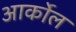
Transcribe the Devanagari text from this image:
आर्कोल